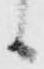
候